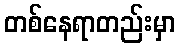
တစ်နေရာတည်းမှာ